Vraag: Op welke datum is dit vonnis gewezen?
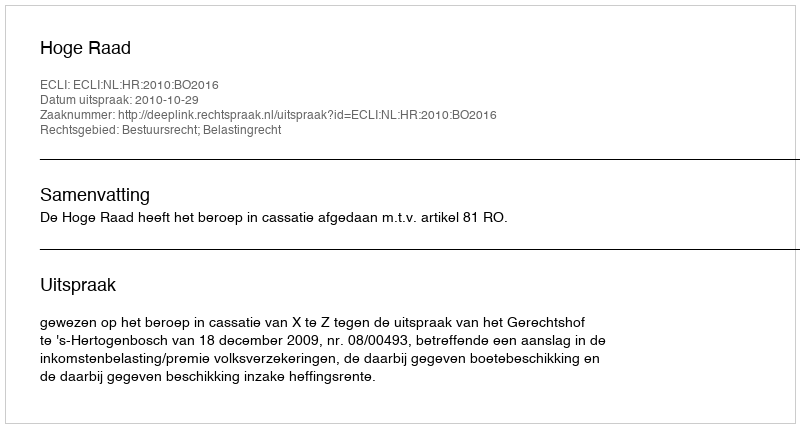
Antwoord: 2010-10-29